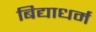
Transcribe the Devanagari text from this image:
बिद्याधर्म